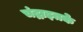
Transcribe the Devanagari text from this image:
चंद्राइतके